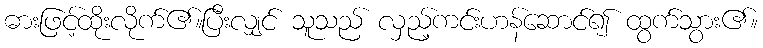
ဓားဖြင့်ထိုးလိုက်၏။ပြီးလျှင် သူသည် လှည့်ကင်းဟန်ဆောင်၍ ထွက်သွား၏။